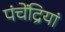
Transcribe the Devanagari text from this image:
पंचेंद्रियां